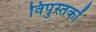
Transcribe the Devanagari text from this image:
विपुस्तकों